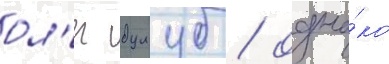
ол'ег дулуб / одна́ко